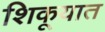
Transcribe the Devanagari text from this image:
शिकूयात